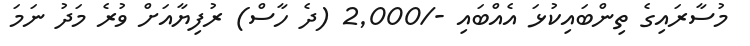
މުސާރައިގެ ތިންބައިކުޅަ އެއްބައި -/2